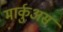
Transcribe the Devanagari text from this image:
मार्कुअस